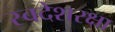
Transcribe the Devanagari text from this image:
स्वदेशरक्षा